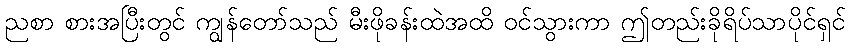
ညစာ စားအပြီးတွင် ကျွန်တော်သည် မီးဖိုခန်းထဲအထိ ဝင်သွားကာ ဤတည်းခိုရိပ်သာပိုင်ရှင်